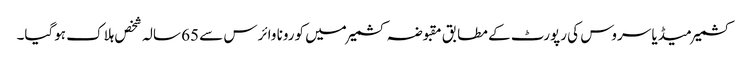
کشمیر میڈیا سروس کی رپورٹ کے مطابق مقبوضہ کشمیر میں کورونا وائرس سے 65 سالہ شخص ہلاک ہوگیا۔